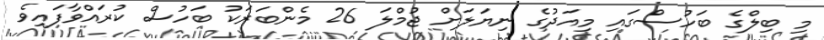
މި ބިލްގެ ބަހުސްގައި މިއަދުގެ ނިޔަލަށް ޖުމްލަ 26 މެންބަރަކު ބަހުސް ކުރައްވާފައިވެ